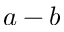
a - b